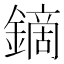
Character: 鏑